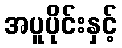
အပူပိုင်းနှင့်